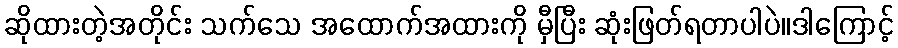
ဆိုထားတဲ့အတိုင်း သက်သေ အထောက်အထားကို မှီပြီး ဆုံးဖြတ်ရတာပါပဲ။ဒါကြောင့်